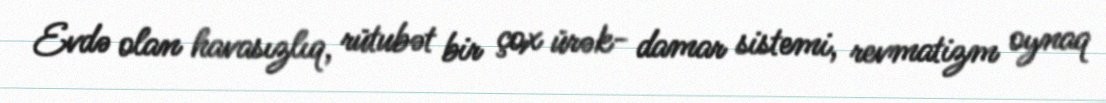
Evdə olan havasızlıq, rütubət bir çox ürək- damar sistemi, revmatizm oynaq